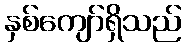
နှစ်ကျော်ရှိသည်